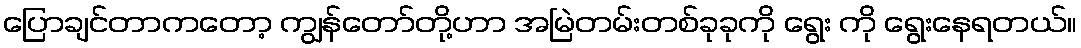
ပြောချင်တာကတော့ ကျွန်တော်တို့ဟာ အမြဲတမ်းတစ်ခုခုကို ရွေး ကို ရွေးနေရတယ်။